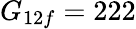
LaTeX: G_{12f}=222